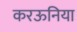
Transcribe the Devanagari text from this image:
करऊनिया